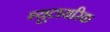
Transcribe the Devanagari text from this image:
ब्यूटायरिक